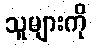
သူများကို